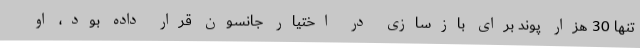
تنها 30 هزار پوند برای بازسازی در اختیار جانسون قرار داده بود، او